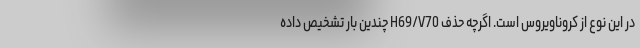
در این نوع از کروناویروس است. اگرچه حذف H69/V70 چندین بار تشخیص داده